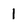
Character: I